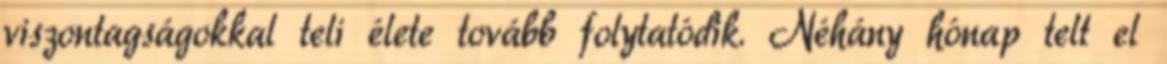
viszontagságokkal teli élete tovább folytatódik. Néhány hónap telt el